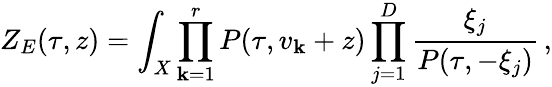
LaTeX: Z_{E}(\tau,z)=\int_{X}\prod_{\mathbf{k}=1}^{r}P(\tau,v_{\mathbf{k}}+z)\prod_{j=1}^{D}\frac{{\xi_{j}}}{{P(\tau,-\xi_{j})}}\, ,